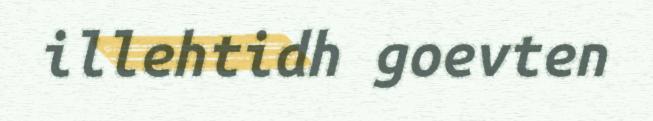
illehtidh goevten